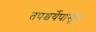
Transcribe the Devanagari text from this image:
तपश्चर्येपासून